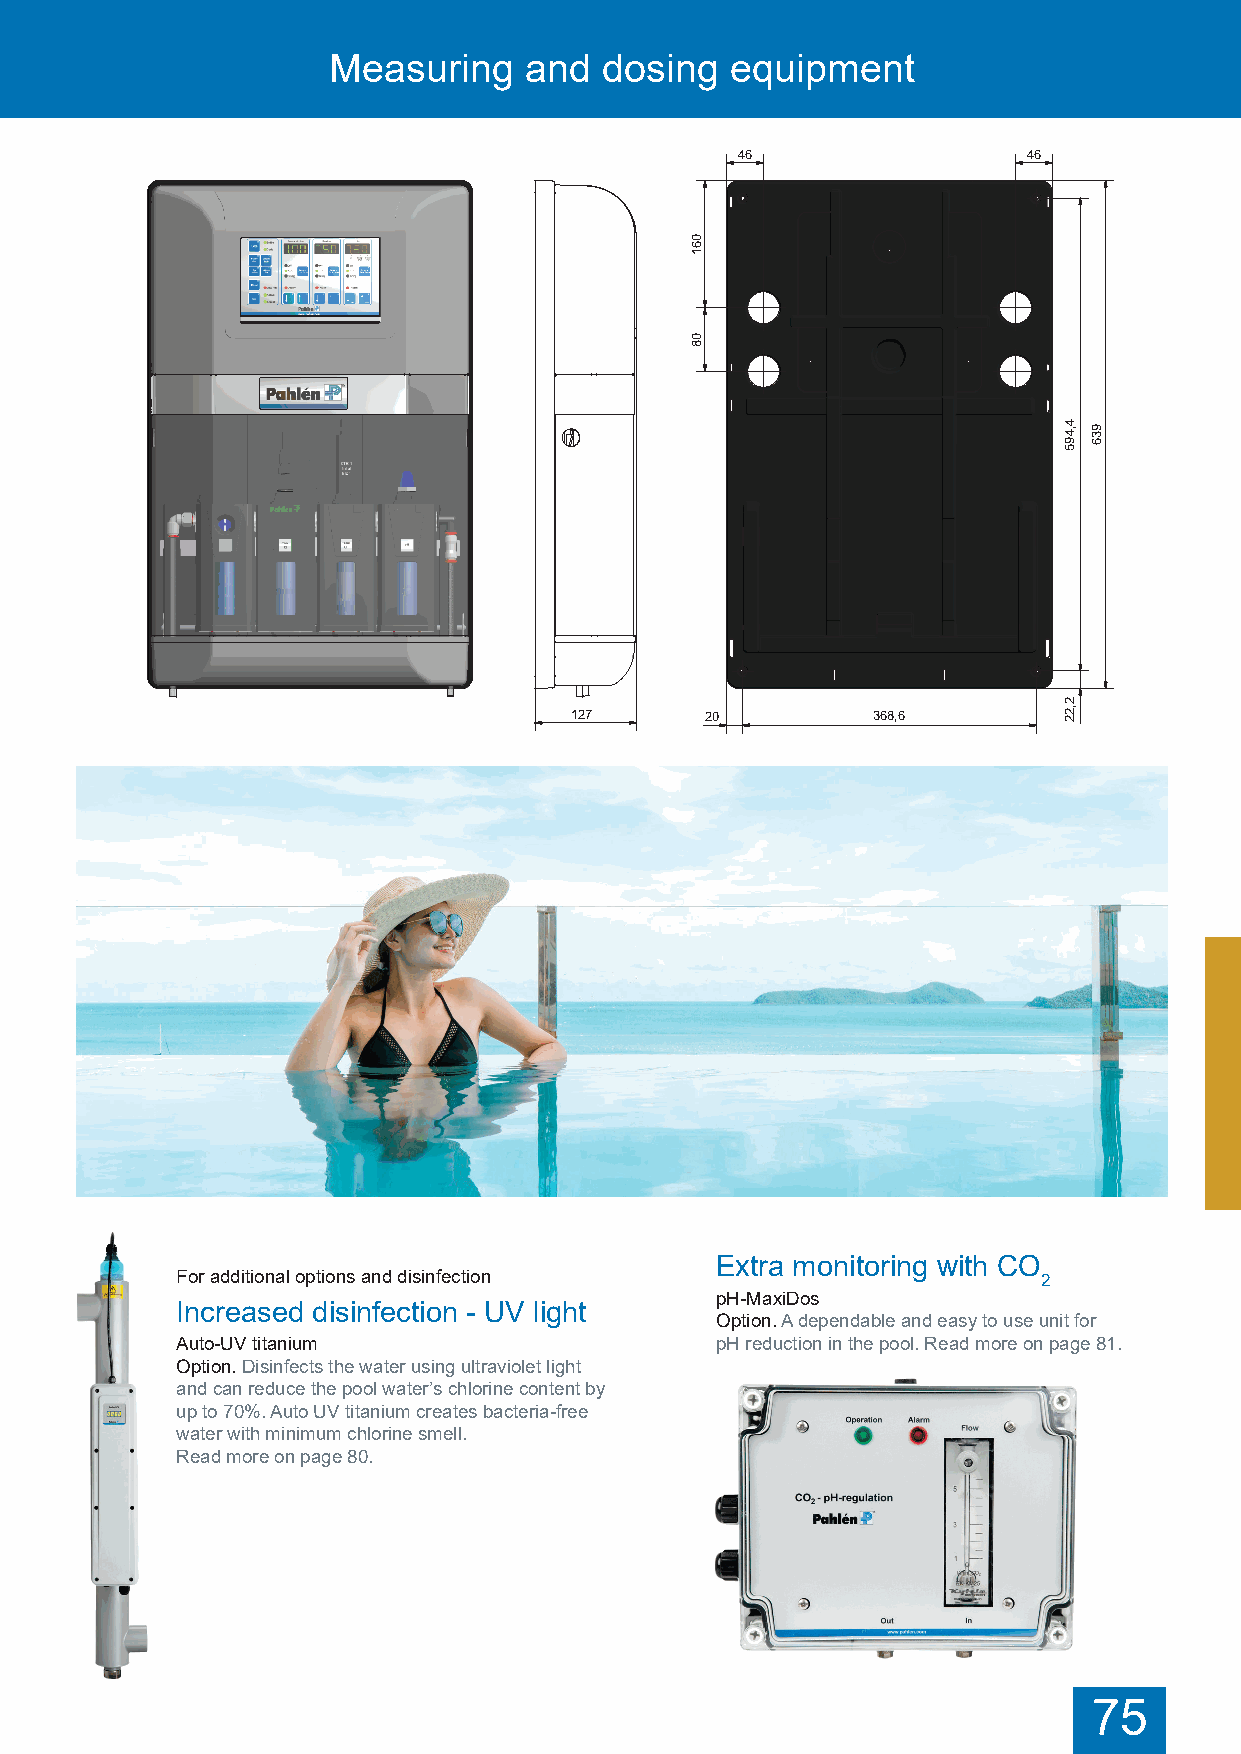
Measuring    and  dosing  equipment
 46                 46
 0
 6
 1
 0
 8
 4 ,4 9 5 9 3 6
 2
 127      20         368,6        ,2 2
 Extra monitoring with CO
 For additional options and disinfection                  2
 pH-MaxiDos
 Increased disinfection - UV light
 Option. A dependable and easy to use unit for
 Auto-UV titanium                   pH reduction in the pool. Read more on page 81.
 Option. Disinfects the water using ultraviolet light
 and can reduce the pool water’s chlorine content by
 up to 70%. Auto UV titanium creates bacteria-free
 water with minimum chlorine smell.
 Read more on page 80.
 75